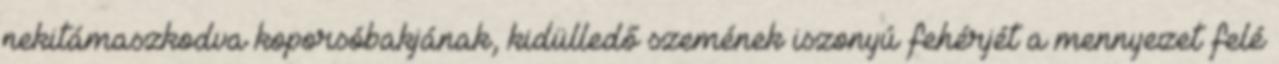
nekitámaszkodva koporsóbakjának, kidülledő szemének iszonyú fehérjét a mennyezet felé